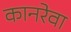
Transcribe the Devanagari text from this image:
कानरेवा